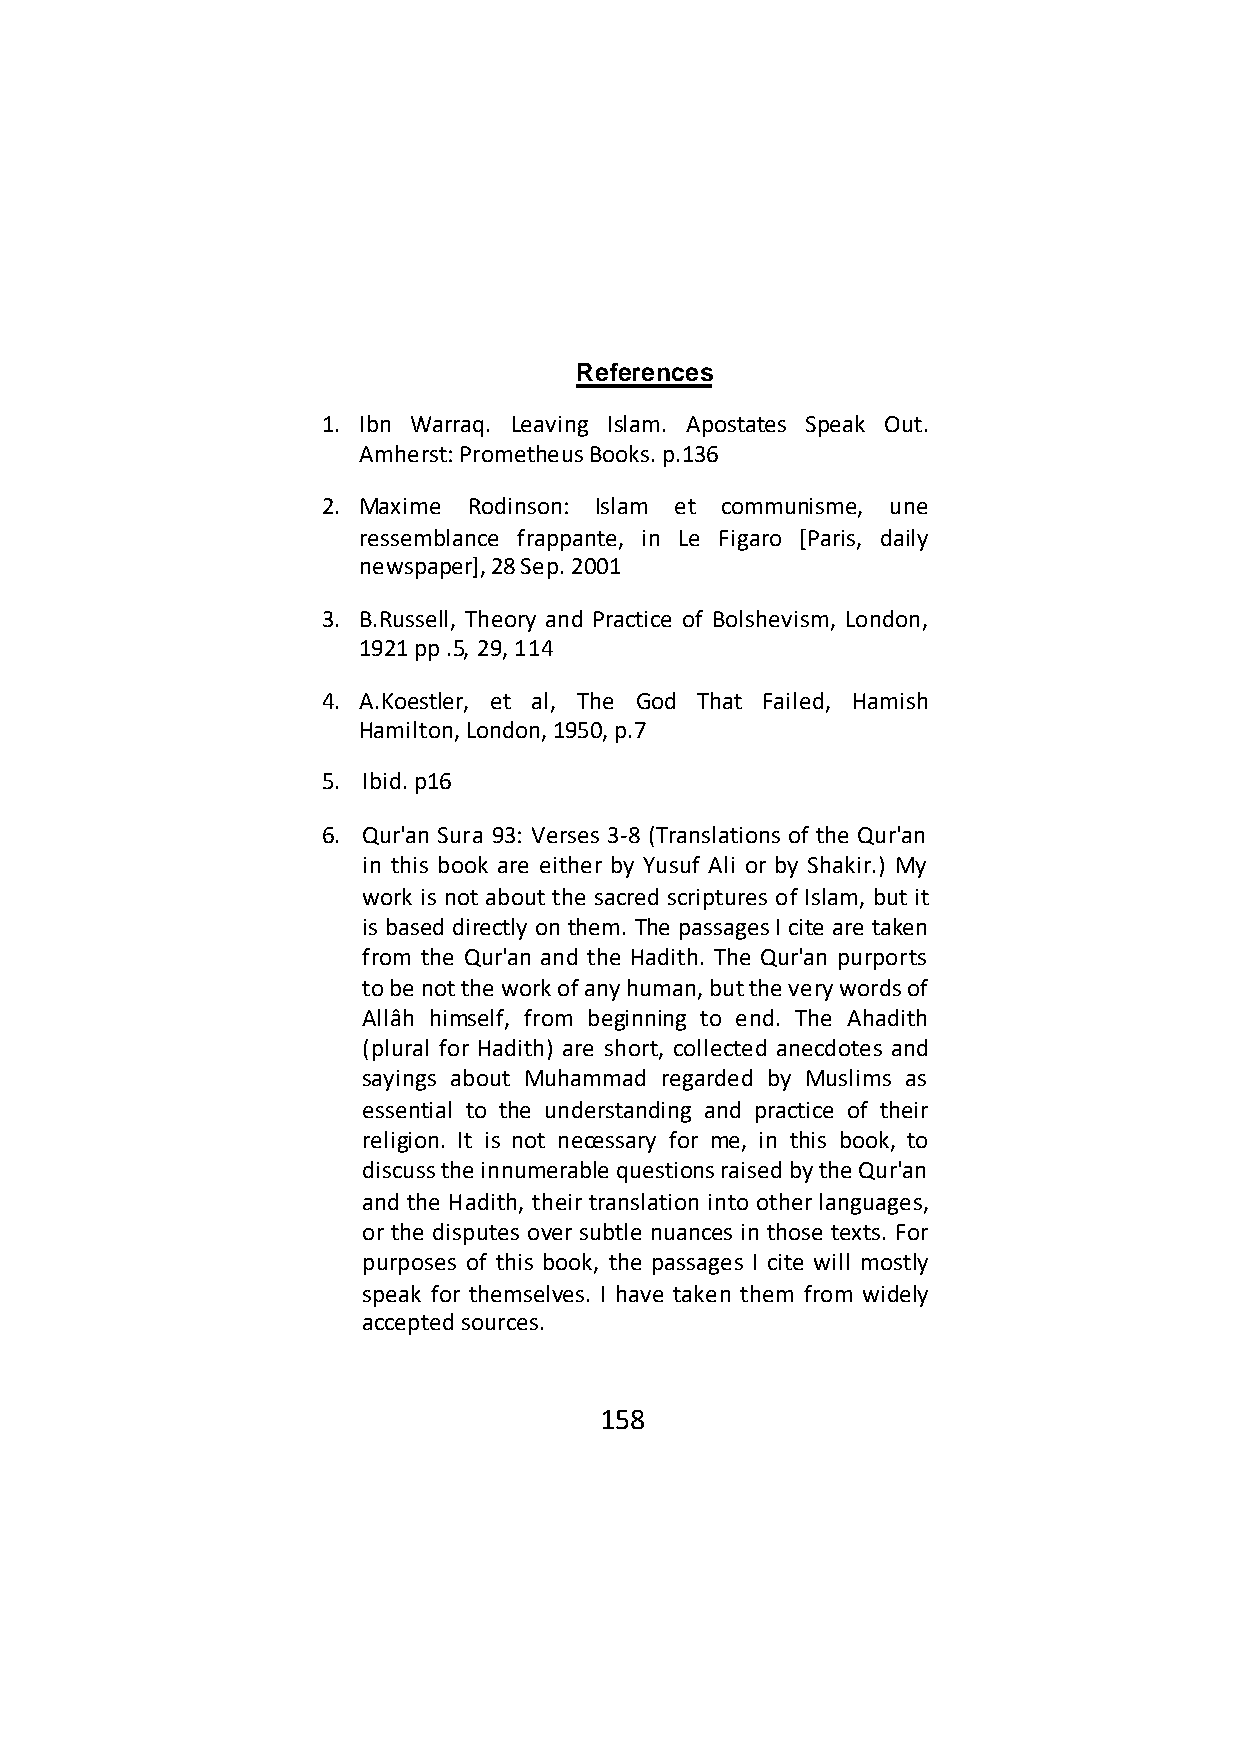
References
 1. Ibn Warraq. Leaving Islam. Apostates Speak Out.
 Amherst: Prometheus Books. p.136
 2. Maxime Rodinson: Islam et communisme, une
 ressemblance frappante, in Le Figaro [Paris, daily
 newspaper], 28 Sep. 2001
 3. B.Russell, Theory and Practice of Bolshevism, London,
 1921 pp .5, 29, 114
 4. A.Koestler, et al, The God That Failed, Hamish
 Hamilton, London, 1950, p.7
 5. Ibid. p16
 6. Qur'an Sura 93: Verses 3-8 (Translations of the Qur'an
 in this book are either by Yusuf Ali or by Shakir.) My
 work is not about the sacred scriptures of Islam, but it
 is based directly on them. The passages I cite are taken
 from the Qur'an and the Hadith. The Qur'an purports
 to be not the work of any human, but the very words of
 Allâh himself, from beginning to end. The Ahadith
 (plural for Hadith) are short, collected anecdotes and
 sayings about Muhammad regarded by Muslims as
 essential to the understanding and practice of their
 religion. It is not necessary for me, in this book, to
 discuss the innumerable questions raised by the Qur'an
 and the Hadith, their translation into other languages,
 or the disputes over subtle nuances in those texts. For
 purposes of this book, the passages I cite will mostly
 speak for themselves. I have taken them from widely
 accepted sources.
 158